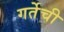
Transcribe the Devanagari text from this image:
गर्तेची